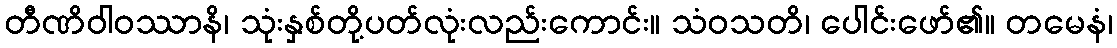
တီဏိဝါဝဿာနိ၊ သုံးနှစ်တို့ပတ်လုံးလည်းကောင်း။ သံဝသတိ၊ ပေါင်းဖော်၏။ တမေနံ၊